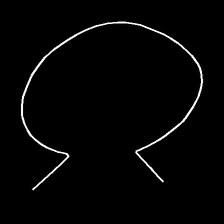
Glyph: weave